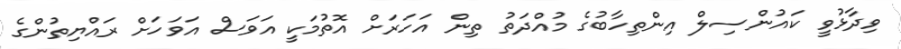
ވިދާޅުވީ ކައުންސިލް އިންތިހާބުގެ މުއްދަތު ތިން އަހަރަށް އޮތުމަކީ އަވަސް އަވަހަށް ރައްޔިތުންގެ